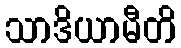
သာဒိယာမီတိ